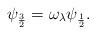
LaTeX: \begin{align*}\psi_{\frac{3}{2}}=\omega_{\lambda}\psi_{\frac{1}{2}}.\end{align*}